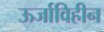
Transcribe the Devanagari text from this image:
ऊर्जाविहीन